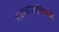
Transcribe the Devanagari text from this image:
राज्यकालाविषयी